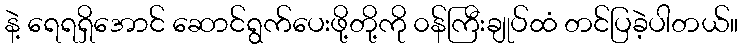
နဲ့ ရေရရှိအောင် ဆောင်ရွက်ပေးဖို့တို့ကို ၀န်ကြီးချုပ်ထံ တင်ပြခဲ့ပါတယ်။